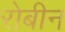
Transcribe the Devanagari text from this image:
रोबीन